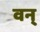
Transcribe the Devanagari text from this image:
वन्